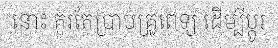
នោះ គួរតែប្រាប់គ្រូពេទ្យ ដើម្បីប្តូរ